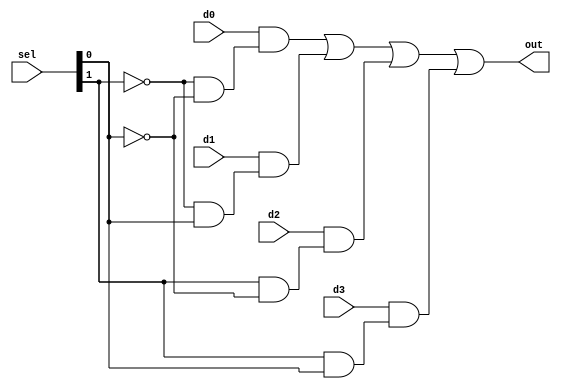
module mux4x1 (d3, d2, d1, d0, sel, out);
input d3, d2, d1, d0;
input [1:0] sel;
output out;
assign out = d0 & (~sel[1] & ~sel[0]) |
d1 & (~sel[1] & sel[0]) |
d2 & ( sel[1] & ~sel[0]) |
d3 & ( sel[1] & sel[0]);
endmodule